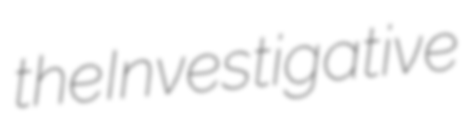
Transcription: the Investigative